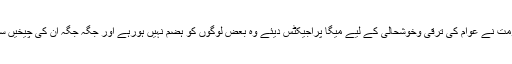
پیپلزپارٹی کی حکومت نے عوام کی ترقی وخوشحالی کے لیے میگا پراجیکٹس دیئے وہ بعض لوگوں کو ہضم نہیں ہورہے اور جگہ جگہ ان کی چیخیں سنائی دے رہی ہے ۔